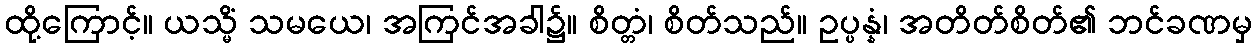
ထို့ကြောင့်။ ယသ္မိံ သမယေ၊ အကြင်အခါ၌။ စိတ္တံ၊ စိတ်သည်။ ဥပ္ပန္နံ၊ အတိတ်စိတ်၏ ဘင်ခဏမှ